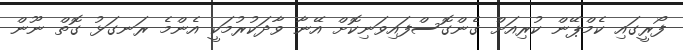
ފޯރީގައި ކެމްޕޭން ކުރިއަށް ގެންގޮސްފައިވަނިކޮށް އޭނާ ވާދަކުރުމަކީ އެންމެ ރަނގަޅު ގޮތް ނޫން